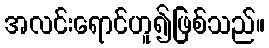
အလင်းရောင်ဟူ၍ဖြစ်သည်။